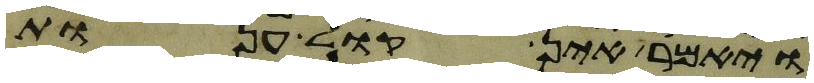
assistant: ויאמר אין קול ענות